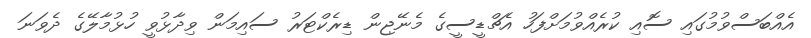
އެއްބަސްވުމުގައި ސޮއި ކުރެއްވުމަށްފަހު އެޗްޑީސީގެ މެނޭޖިން ޑިރެކްޓަރު ސައިމަން ވިދާޅުވީ ހުޅުމާލޭގެ ދެވަނަ